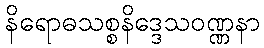
နိရောဓသစ္စနိဒ္ဒေသဝဏ္ဏနာ